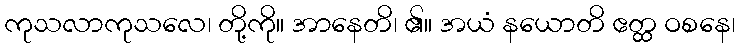
ကုသလာကုသလေ၊ တို့ကို။ အာနေတိ၊ ၏။ အယံ နယောတိ ဧတ္ထ ဝစနေ၊